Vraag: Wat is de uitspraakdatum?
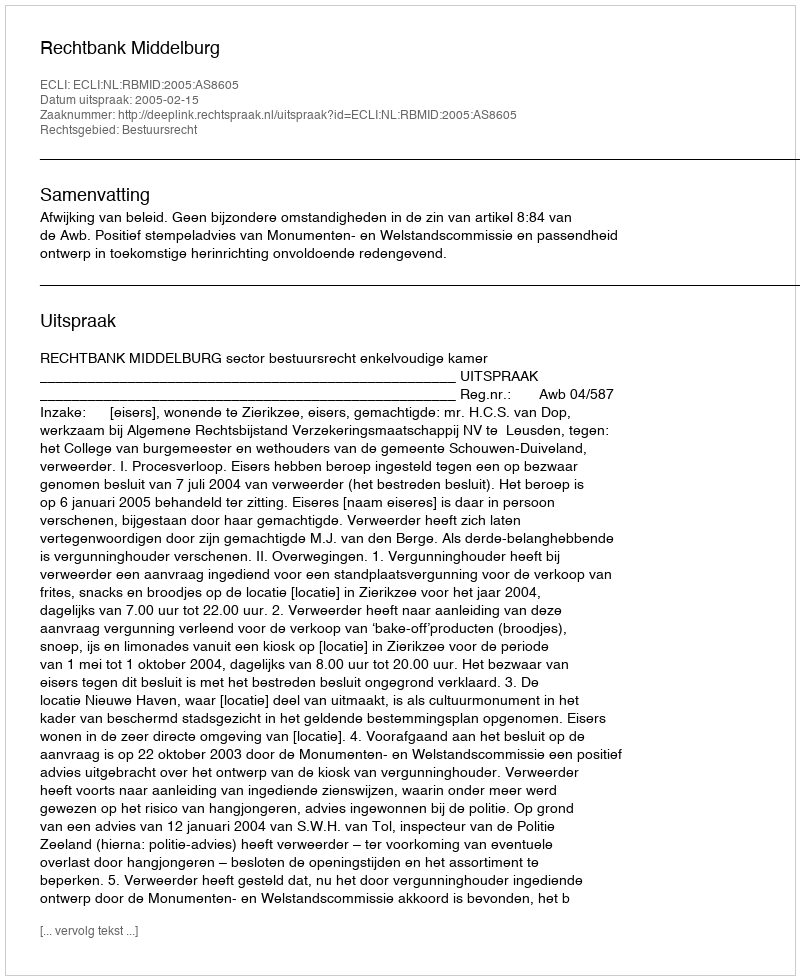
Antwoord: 2005-02-15